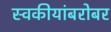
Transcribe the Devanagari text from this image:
स्वकीयांबरोबर